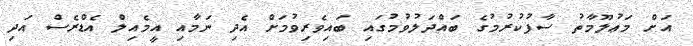
އަށް މަޢުލޫމާތު ސާފުކުރުމުގެ ބައްދަލުވުމުގައި ބައިވެރިވުމަށް އެދި ނަމާއި އީމެއިލް އެޑްރެސް އަދި